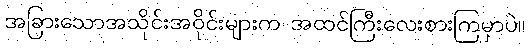
အခြားသောအသိုင်းအဝိုင်းများက အထင်ကြီးလေးစားကြမှာပဲ။